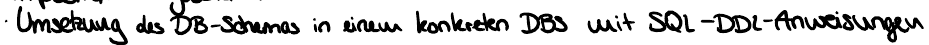
Umsetzung des DB-Schemas in einem konkreten DBS mit SQL-DDL-Anweisungen